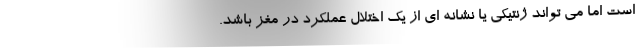
است اما می تواند ژنتیکی یا نشانه ای از یک اختلال عملکرد در مغز باشد.